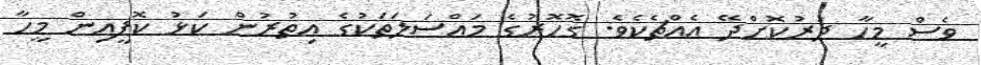
ވެސް މީހާ ދުރުކޮށްދޭ އެއްޗެކެވެ. ގޮހޮރުގެ މައްސަލަތަކުގެ އިތުރުން ކަޅު ކޮފީއިން މީހާ